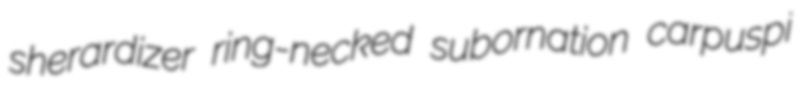
sherardizer ring-necked subornation carpuspi